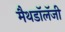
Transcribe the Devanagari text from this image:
मैथडॉलॅजी